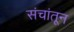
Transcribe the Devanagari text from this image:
संचांतून